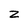
Character: z